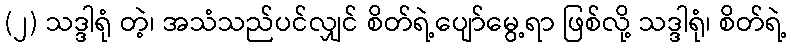
(၂) သဒ္ဒါရုံ တဲ့၊ အသံသည်ပင်လျှင် စိတ်ရဲ့ပျော်မွေ့ရာ ဖြစ်လို့ သဒ္ဒါရုံ၊ စိတ်ရဲ့